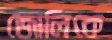
জোলিকে